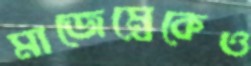
মাজেম্বেকেও